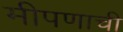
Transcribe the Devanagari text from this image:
मीपणाची